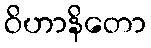
ဝိဟာနိတော